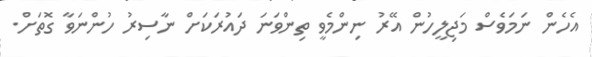
އެހެން ނަމަވެސް މަޖިލީހުން އޭރު ނިންމެވީ ތިންވަނަ ދައުރަކަށް ނާސިރު ހުންނަވާ ގޮތަށް.